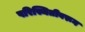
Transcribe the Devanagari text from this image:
परिस्थितीवरून